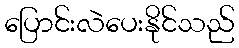
ပြောင်းလဲပေးနိုင်သည်